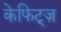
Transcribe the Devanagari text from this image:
केफिट्ज़